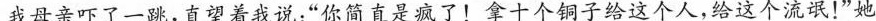
我母亲吓了一跳，直望着我说：”你简直是疯了！拿十个铜子给这个人，给这个流氓！”她